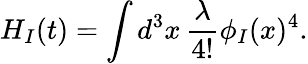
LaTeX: H_{I}(t)=\int d^{3}x\, {\frac{\lambda}{4!}}\phi_{I}(x)^{4}.